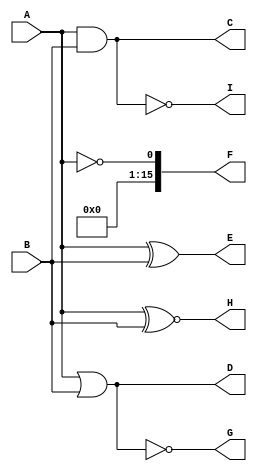
module logicFunctions(A, B, C, D, E, F, G, H, I);
   parameter k = 16;
   input [k-1:0] A, B;
   output [k-1:0] C, D, E, F, G, H, I;
   reg [k-1:0] C, D, E, F, G, H, I;
   always @(A or B)
   begin
      //and
      C=A&B;
      //or
      D=A|B;
      //xor
      E=A^B;
      //complement
      F=!A;
      //nor
      G=A~|B;
      //xnor
      H=A~^B;
      //nand
      I=A~&B;
   end
endmodule